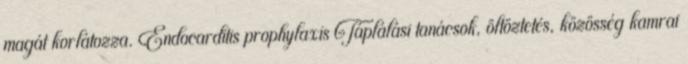
magát korlátozza. Endocarditis prophylaxis Táplálási tanácsok, öltöztetés, közösség kamrai